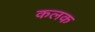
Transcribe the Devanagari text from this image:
कलक